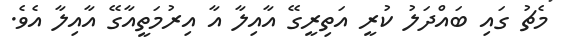
މެޗު ގައި ބައްދަލު ކުރީ އަތިރީގޭ އާއިލާ އާ އިރުމަތީއާގޭ އާއިލާ އެވެ.